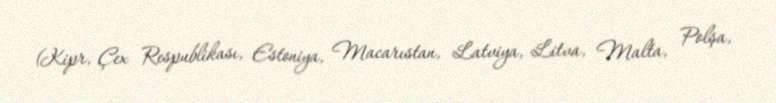
(Kipr, Çex Respublikası, Estoniya, Macarıstan, Latviya, Litva, Malta, Polşa,